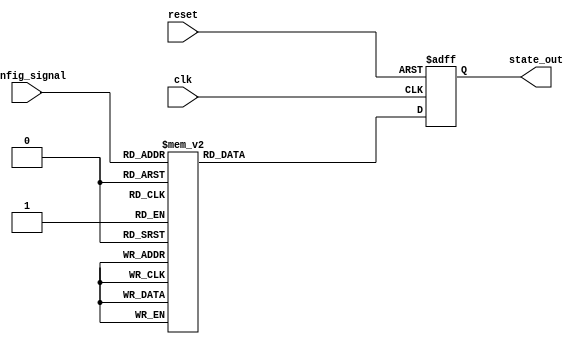
module ConfigurableInitialConditions #(
    parameter NUM_OUTPUTS = 4,              // Number of state outputs
    parameter DEFAULT_STATE = {NUM_OUTPUTS{1'b0}} // Default state (all zeros)
)(
    input wire [3:0] config_signal,          // Config signal (4-bit for 16 conditions)
    input wire clk,                          // Clock signal
    input wire reset,                        // Reset signal (active high)
    output reg [NUM_OUTPUTS-1:0] state_out  // State outputs
);

    // Internal logic to determine the initialized states
    always @(posedge clk or posedge reset) begin
        if (reset) begin
            // When reset is active, set outputs to default state
            state_out <= DEFAULT_STATE;
        end else begin
            // Apply the initial conditions based on the config signal
            case(config_signal)
                4'b0000: state_out <= 4'b0001; // Condition 0
                4'b0001: state_out <= 4'b0010; // Condition 1
                4'b0010: state_out <= 4'b0100; // Condition 2
                4'b0011: state_out <= 4'b1000; // Condition 3
                4'b0100: state_out <= 4'b1111; // Condition 4
                4'b0101: state_out <= 4'b0000; // Condition 5
                4'b0110: state_out <= 4'b1010; // Condition 6
                4'b0111: state_out <= 4'b0101; // Condition 7
                4'b1000: state_out <= 4'b1100; // Condition 8
                4'b1001: state_out <= 4'b0011; // Condition 9
                4'b1010: state_out <= 4'b1101; // Condition 10
                4'b1011: state_out <= 4'b0111; // Condition 11
                4'b1100: state_out <= 4'b1001; // Condition 12
                4'b1101: state_out <= 4'b1110; // Condition 13
                4'b1110: state_out <= 4'b0001; // Condition 14
                4'b1111: state_out <= 4'b1111; // Condition 15
                default: state_out <= DEFAULT_STATE; // Default case
            endcase
        end
    end

endmodule